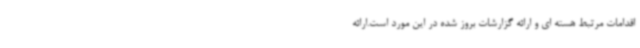
اقدامات مرتبط هسته ای و ارائه گزارشات بروز شده در این مورد است.ارائه